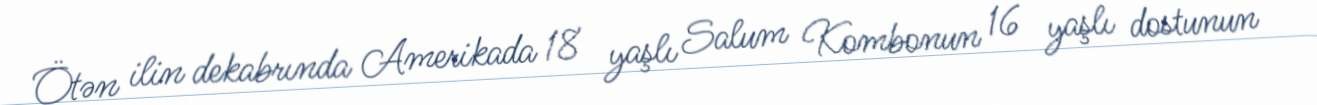
Ötən ilin dekabrında Amerikada 18 yaşlı Salum Kombonun 16 yaşlı dostunun